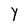
Character: y